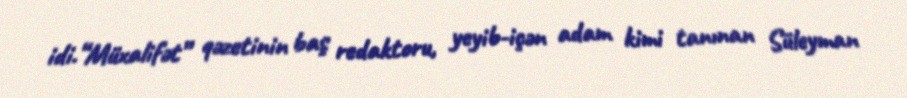
idi.“Müxalifət” qəzetinin baş redaktoru, yeyib-içən adam kimi tanınan Süleyman